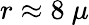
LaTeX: r\approx 8~\mu